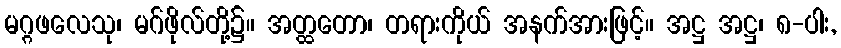
မဂ္ဂဖလေသု၊ မဂ်ဖိုလ်တို့၌။ အတ္ထတော၊ တရားကိုယ် အနက်အားဖြင့်။ အဋ္ဌ အဋ္ဌ၊ ၈-ပါး,